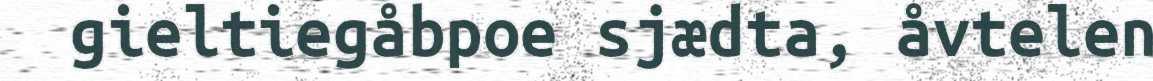
gieltiegåbpoe sjædta, åvtelen